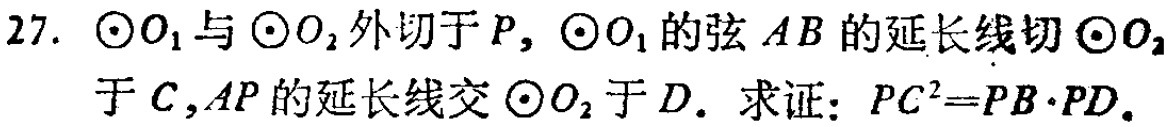
27. $\odot O_{1}$与$\odot O_{2}$外切于$P$，$\odot O_{1}$的弦$AB$的延长线切$\odot O_{2}$于$C$，$AP$的延长线交$\odot O_{2}$于$D$。求证：$PC^{2}=PB\cdot PD$。